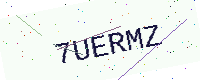
Text: 7UERMZ